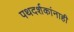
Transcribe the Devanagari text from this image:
पथदर्शकांनाही